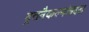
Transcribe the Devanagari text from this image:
व्रतवैकल्यांबद्दल